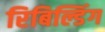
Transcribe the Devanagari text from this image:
रिबिल्डिंग